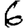
Digit: 6